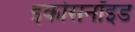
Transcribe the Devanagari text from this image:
इकोसनॉइड